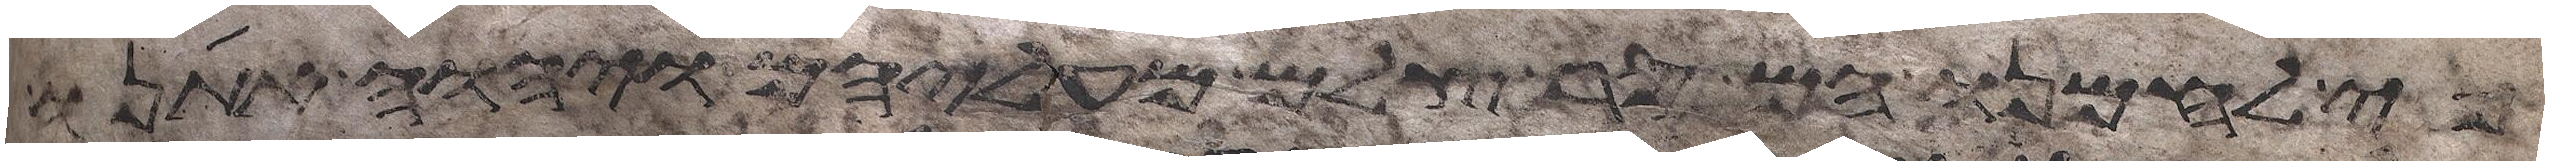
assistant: כי לחמנו הם סר צלם מעליהם ויהוה אתנו